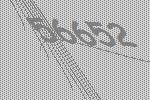
56652